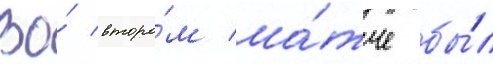
Во́ второ́м ма́тче бы́л